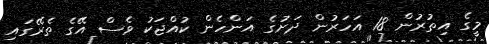
މީގެ އިތުރުން 18 އަހަރުން ދަށުގެ އަންހެން ކުއްޖަކު ވެސް އޭގެ ތެރޭގައި